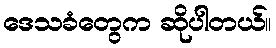
ဒေသခံတွေက ဆိုပါတယ်။